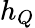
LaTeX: h_{Q}